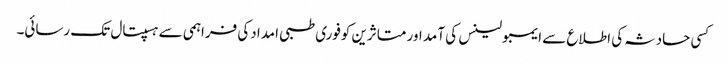
کسی حادثہ کی اطلاع سے ایمبولینس کی آمد اور متاثرین کوفوری طبی امدادکی فراہمی سے ہسپتال تک رسائی۔